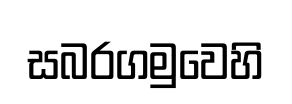
සබරගමුවෙහි